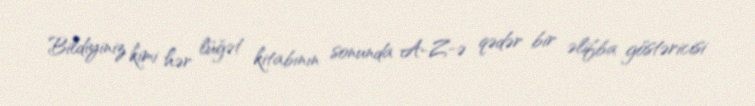
Bildiyiniz kimi hər lüğət kitabının sonunda A-Z-ə qədər bir əlifba göstəricisi